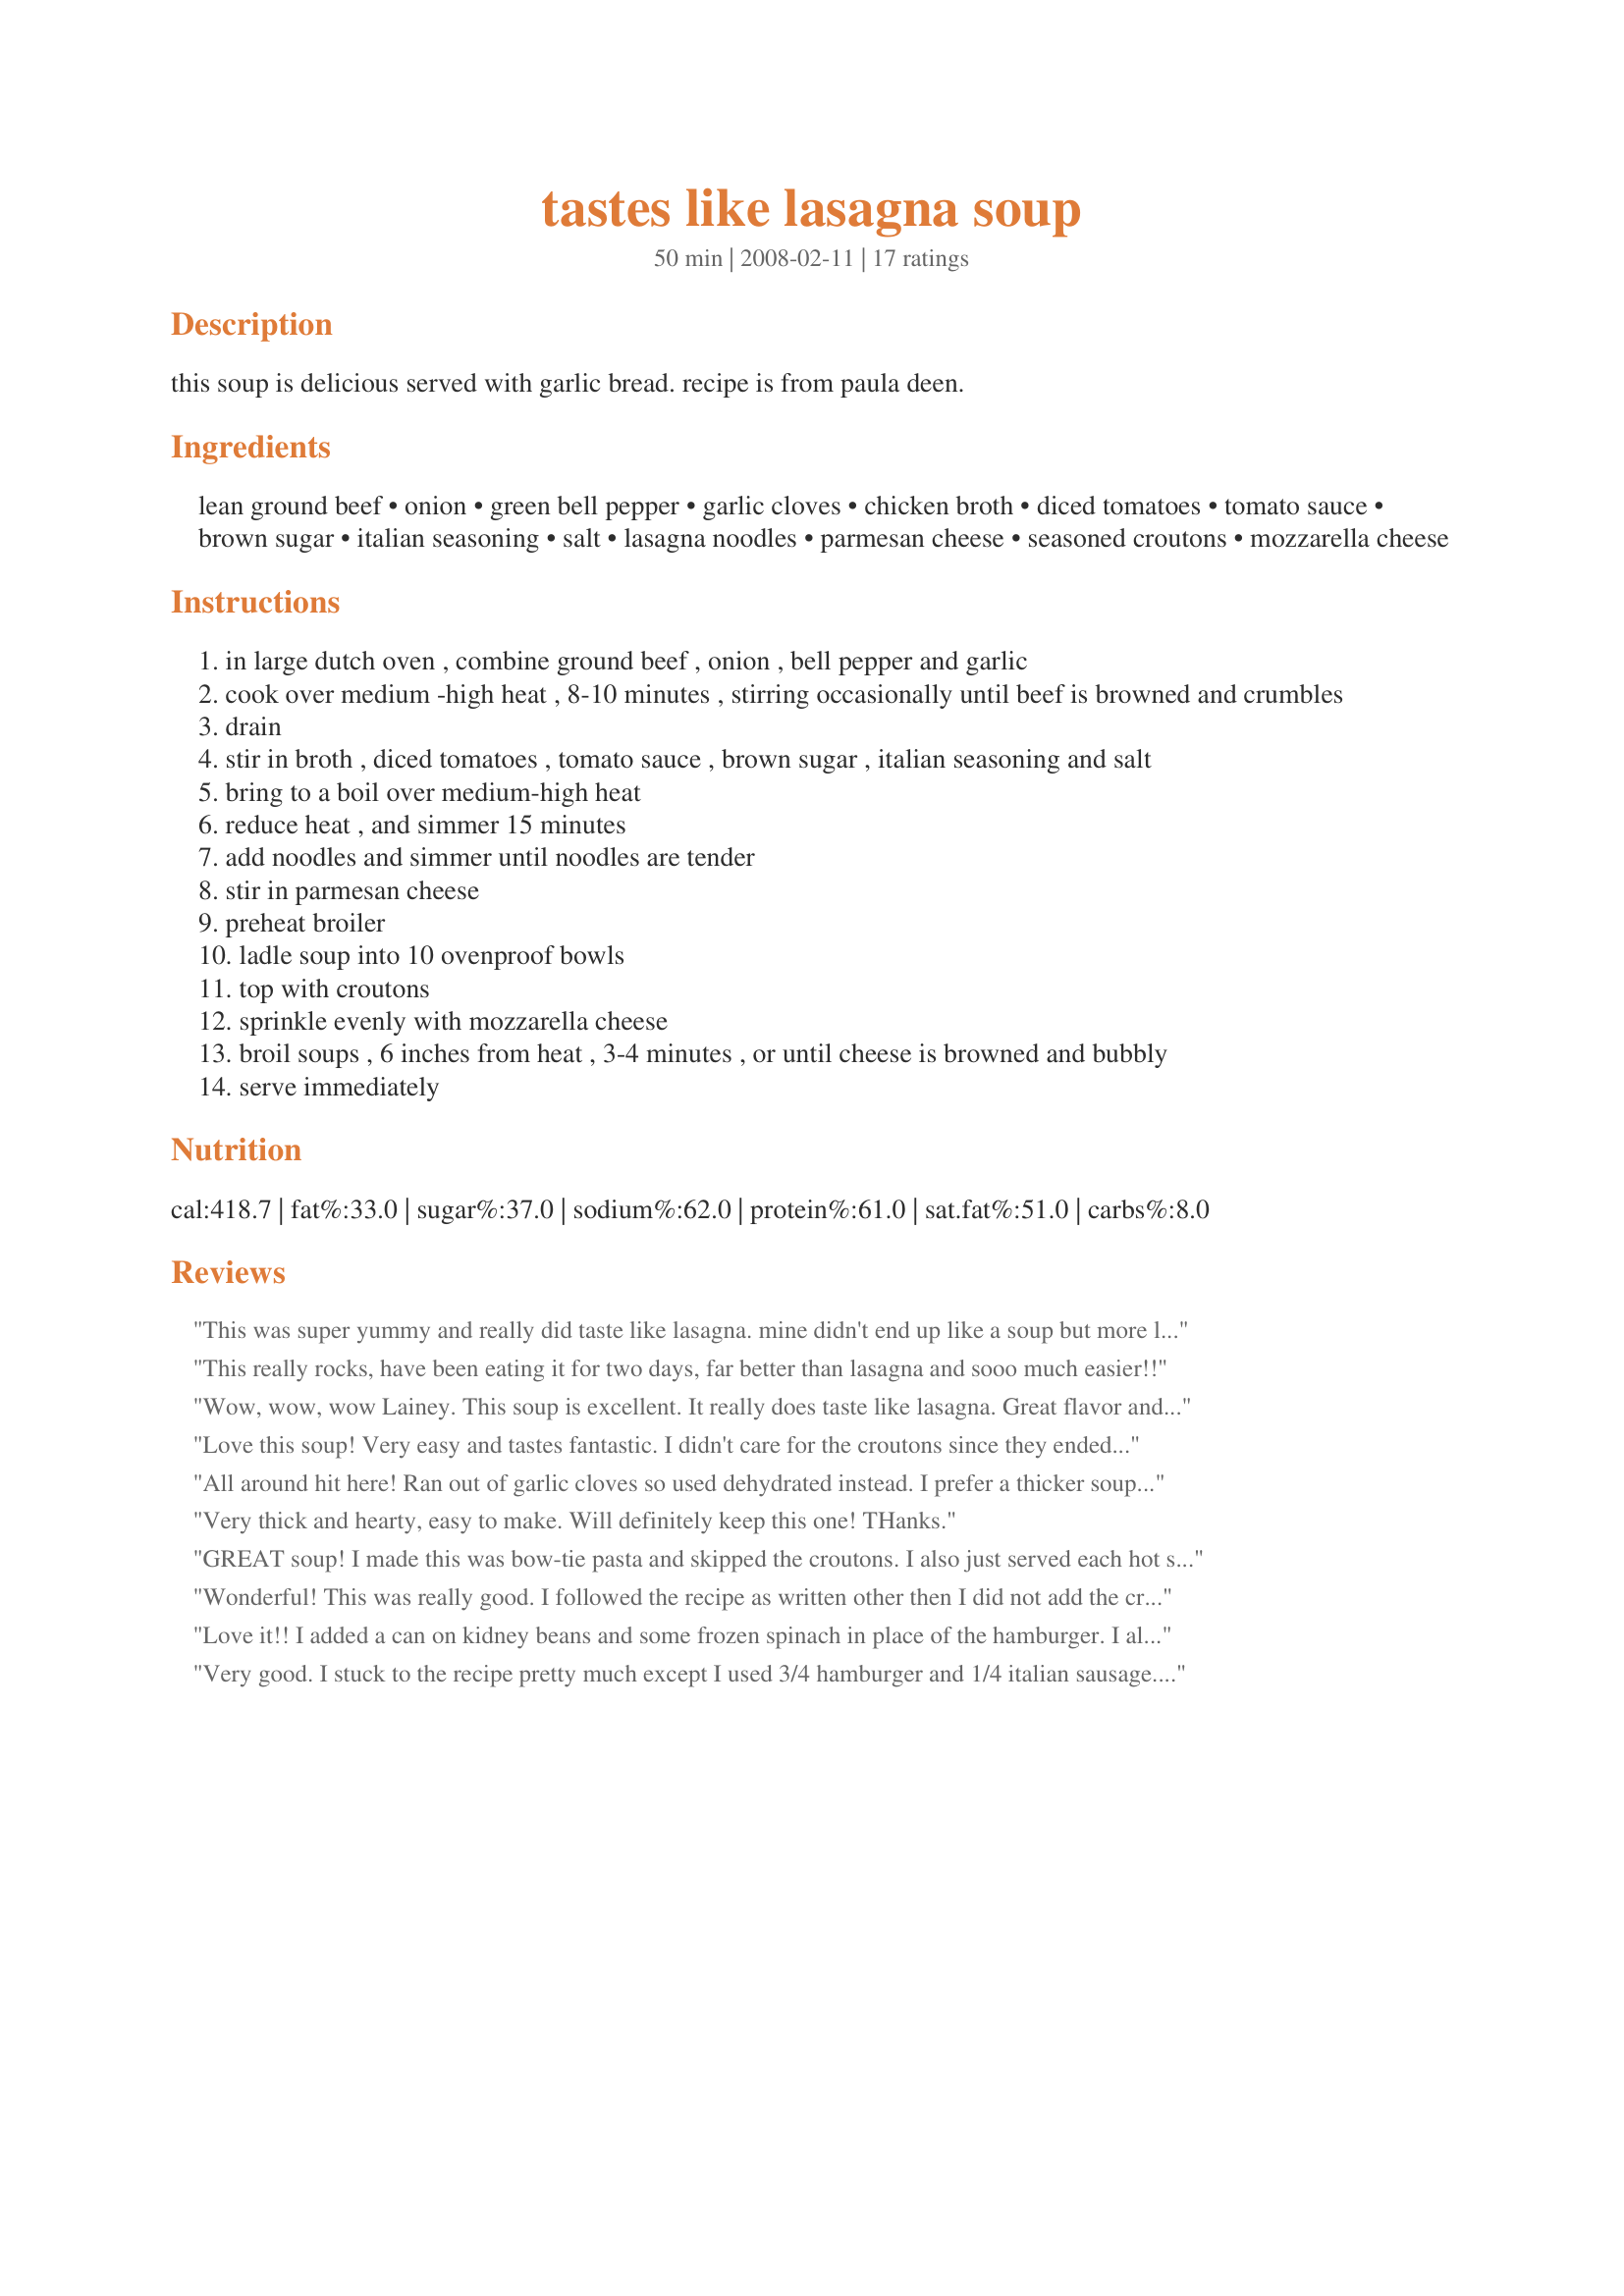
tastes like lasagna soup
Preparation time: 50 minutes

this soup is delicious served with garlic bread. recipe is from paula deen.

Ingredients:
lean ground beef, onion, green bell pepper, garlic cloves, chicken broth, diced tomatoes, tomato sauce, brown sugar, italian seasoning, salt, lasagna noodles, parmesan cheese, seasoned croutons, mozzarella cheese

Steps:
in large dutch oven , combine ground beef , onion , bell pepper and garlic
cook over medium -high heat , 8-10 minutes , stirring occasionally until beef is browned and crumbles
drain
stir in broth , diced tomatoes , tomato sauce , brown sugar , italian seasoning and salt
bring to a boil over medium-high heat
reduce heat , and simmer 15 minutes
add noodles and simmer until noodles are tender
stir in parmesan cheese
preheat broiler
ladle soup into 10 ovenproof bowls
top with croutons
sprinkle evenly with mozzarella cheese
broil soups , 6 inches from heat , 3-4 minutes , or until cheese is browned and bubbly
serve immediately

Reviews:
This was super yummy and really did taste like lasagna. mine didn't end up like a soup but more like a casserole. Didn't care for the croutons. I adjusted the seasoning to taste and added a little pepper and onion powder. since I didn't have individual bowls I used a casserole dish.
This really rocks, have been eating it for two days, far better than lasagna and sooo much easier!!
Wow, wow, wow Lainey. This soup is excellent. It really does taste like lasagna. Great flavor and textures in this wonderful comfort dish. Thank you so much for posting our favorite soup on Zaar to date. Kudos Kato.
Love this soup! Very easy and tastes fantastic. I didn't care for the croutons since they ended up getting soggy in my bowl. When we ate the leftovers the next day I didn't bother with the croutons and mozzarella and it was still yummy and cheesy from the Parmesan. Actually, this was even better the next day since all the flavors melded. I bet it would be good with cubed mozzarella and may try that sometime. I'm also thinking of adding some kidney beans and white beans next time and cooking it all in the crock pot. Thanks for sharing!
All around hit here! Ran out of garlic cloves so used dehydrated instead. I prefer a thicker soup so used tomato paste and only one can of diced tomatoes. Very filling! My DH, who would normally eat 2 huge servings of something like this, was happy with just one. This is also much easier to put together than real lasagna.
Very thick and hearty, easy to make. Will definitely keep this one! THanks.
GREAT soup! I made this was bow-tie pasta and skipped the croutons. I also just served each hot serving with some italian cheese blend sprinkled on top. Very filling! Next time I will add more broth as the noodles soaked it up as leftovers. But perhaps the lasagna noodles don't do that... Made for the Holiday tag ame.
Wonderful! This was really good. I followed the recipe as written other then I did not add the croutons. I also used Splenda brown sugar as that is all I buy. I used more cheese too as we love cheese. Hubby complained that I made soup when it was 98 degrees out but once he started eating- he quickly stopped complaining. LOL. Everyone enjoyed it.
Love it!! I added a can on kidney beans and some frozen spinach in place of the hamburger. I also added about a cup of ricotta cheese. I added everything to the crockpot and served it with bread sticks. (Add the noodles about 15 mins. before you serve it.) We make again. The whole family loved it.
Very good. I stuck to the recipe pretty much except I used 3/4 hamburger and 1/4 italian sausage. Also I omitted the croutons, my preference, and used fresh mozarella instead of grated. I added more garlic and basil. This was not soupy, maybe I did something wrong, but it was still good.
This recipe is delicious! The only thing I would change...rather than waiting to simmer the lasagna noodles until they are done, I would cook them during the 15 minutes you are simmering the soup. When you wait, it takes a long time to simmer the noodles until they are done!
Excellent! Easier to make than lasagna, but tastes the same! I used polska keilbasa & bow tie pasta, but otherwise followed exactly!
Awsome! Sooo so good! I saw Paula on TV making thi so I looked it up here and made it. We ate it for 2-3 days! Reheats well.. Very filling!
10 star recipe! What a great, fast soup....we really enjoyed it and it was so hearty and quick...my kind of dinner for a rainy cold night...thanks
We really enjoyed this soup. I love lasagna and I had to try this one. I used homemade chicken stock and added 1 tsp of basil with the italian seasoning. I also left the addition of green pepper til closer to the end of the cooking time. I used mafalda pasta (mini lasagna noodles) This turned out to be very thick. Love the croutons and the mozzarella cheese topping. Made for the Belly Warmer challenge in the photo fourm. Thanks for posting this recipe, its one I will be making and enjoying again.
This is a wonderful tasting soup. It taste just like lasagna. We loved all the cheese that went into it. The croutons were great too. Will for sure make this again. Thanks for posting this nifty recipe.
Wow! My family LOVED this! My husband said it was the best soup he ever had!!! We love Italian sausage, so I did use half hamburger and half Italian sausage to give a little more flavor. I do this with most all Italian dishes. I did cook my noodles before putting them in the soup too, just to save time. AMAZING!! We will definitely fix again!
